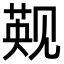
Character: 𬢑